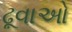
ઢૂવાઓ